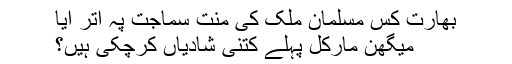
بھارت کس مسلمان ملک کی منت سماجت پہ اتر آیا
میگھن مارکل پہلے کتنی شادیاں کرچکی ہیں؟